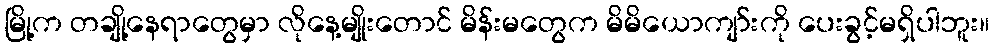
မြို့က တချို့နေရာတွေမှာ လိုနေ့မျိုးတောင် မိန်းမတွေက မိမိယောကျာ်းကို ပေးခွင့်မရှိပါဘူး။